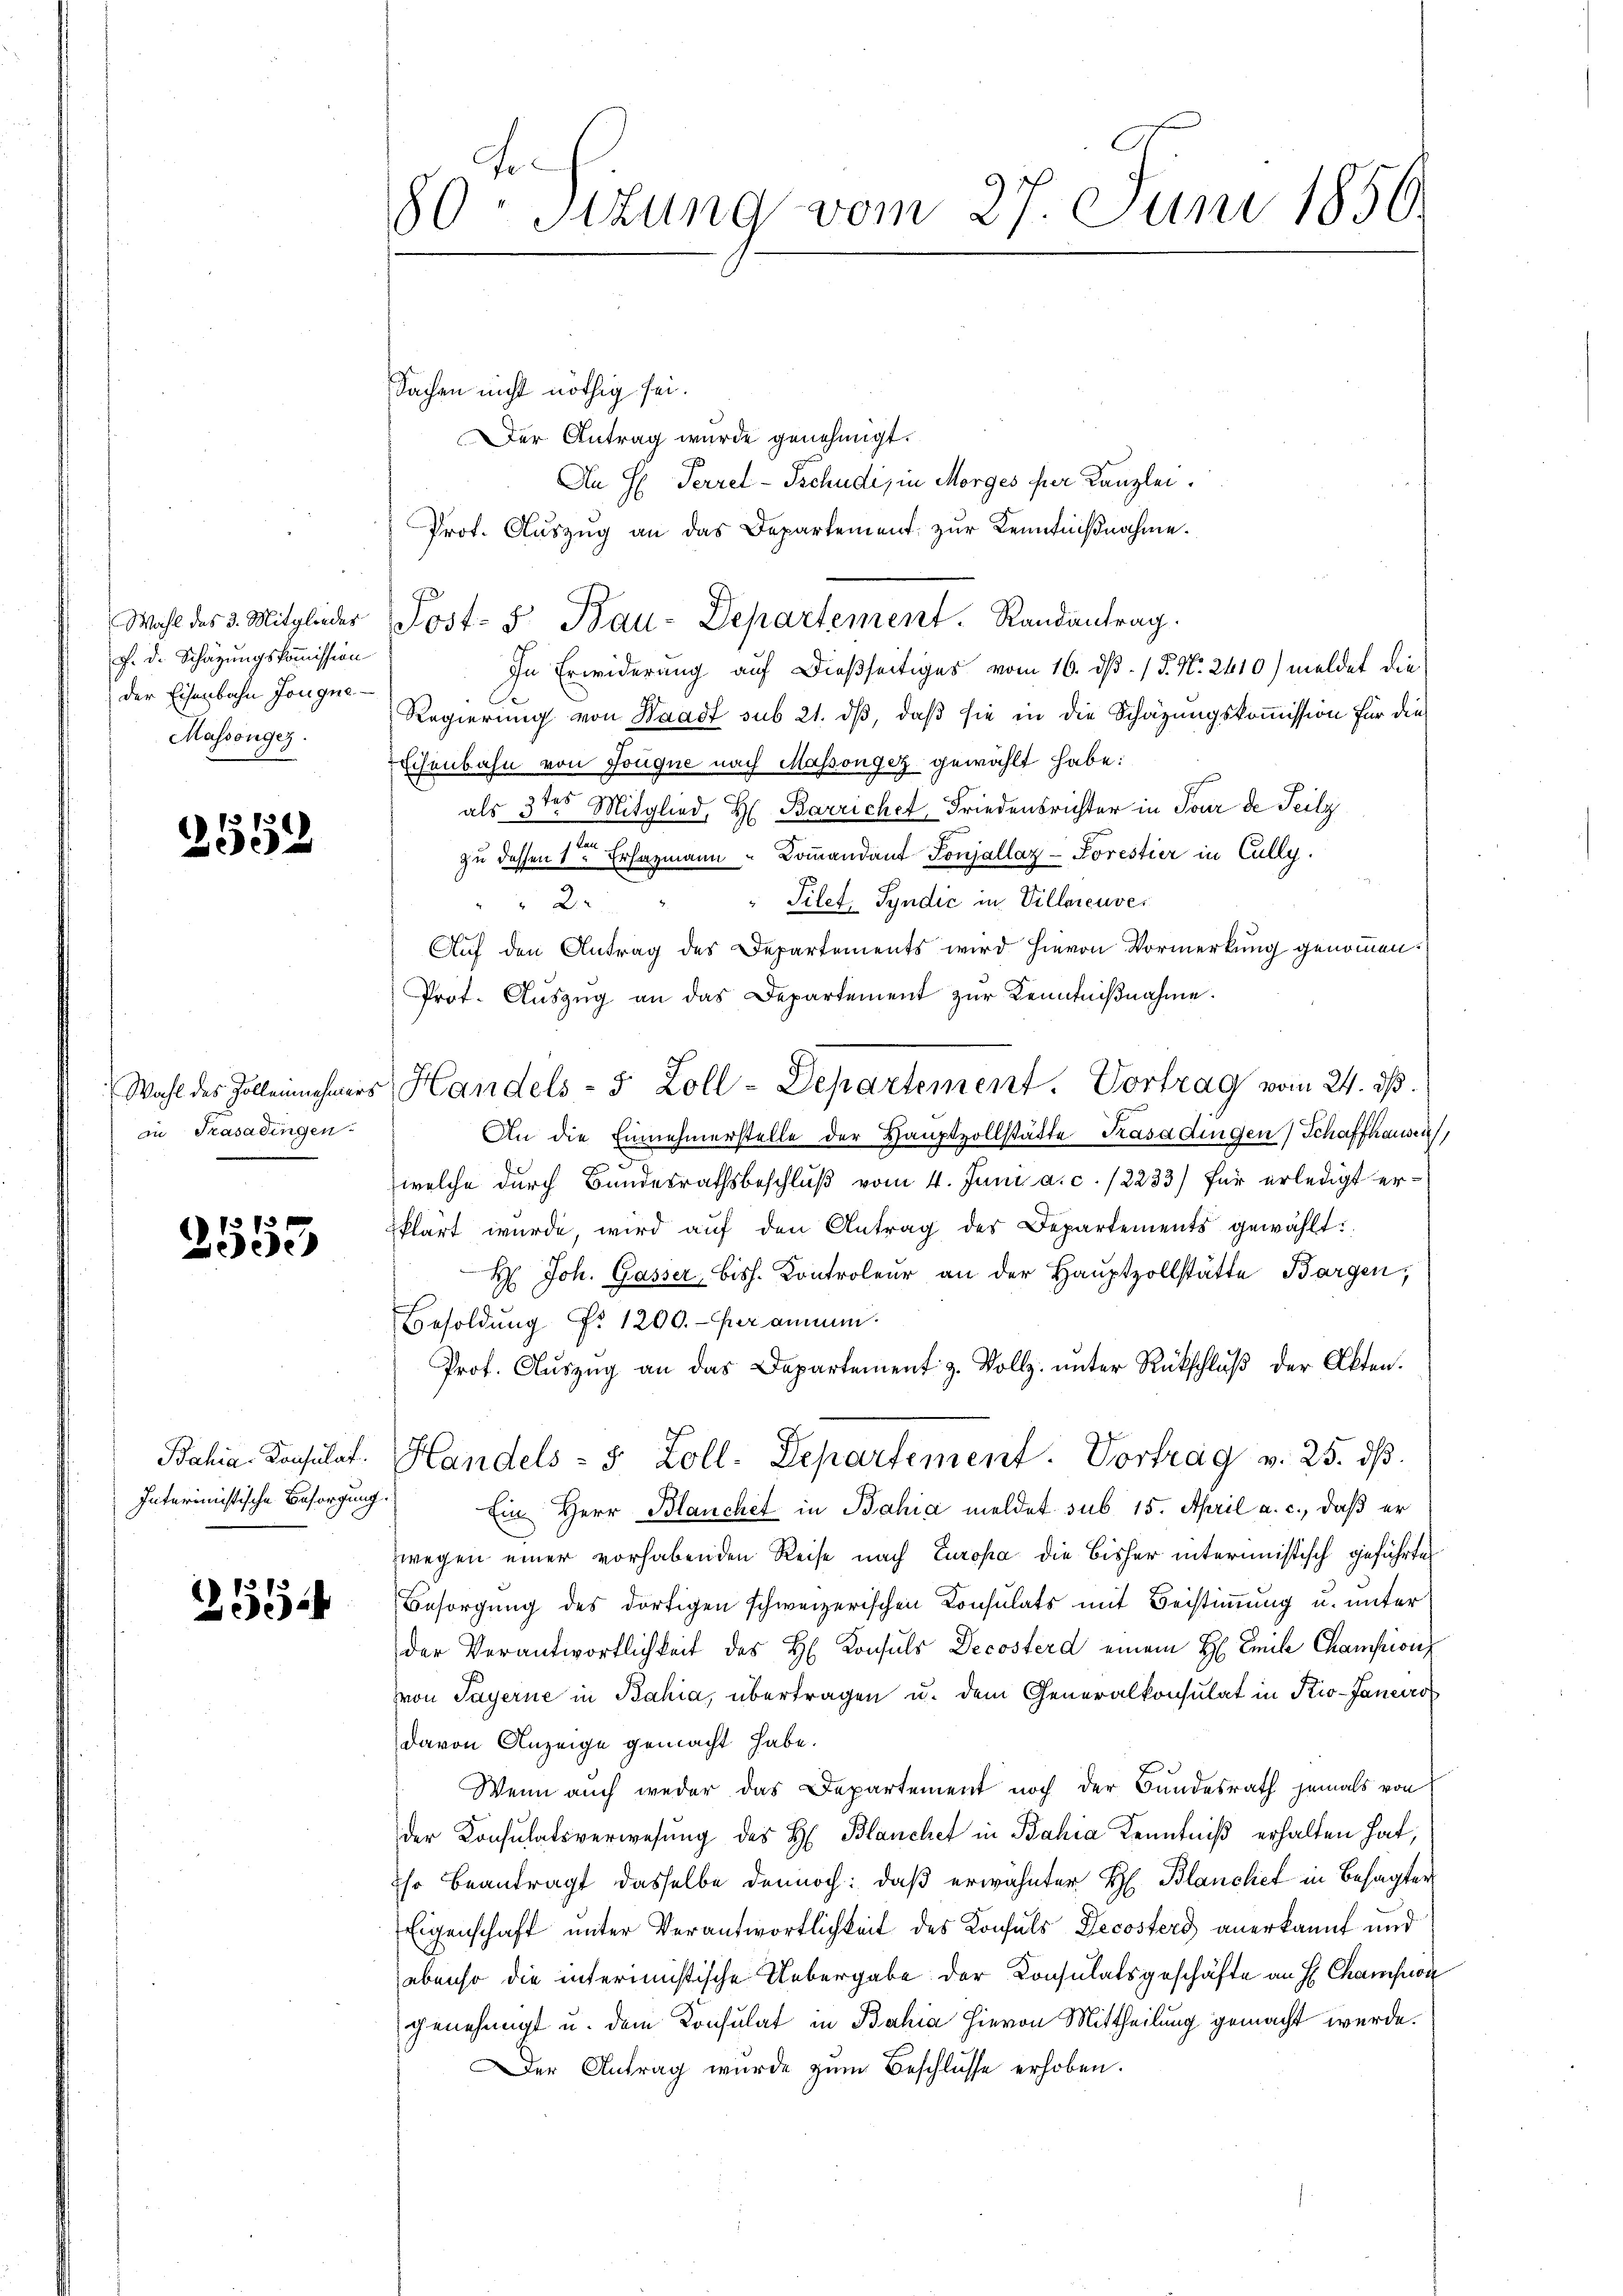
f. d. Schazungskommission
der Eisenbahn Jougne
Massonges.

.

1552

in Trasadingen.

(1313
ueede

Interimistische Besorgung.

255

80ten Sizung vom 27. Juni 1850.

Sachen nicht nöthig sei.
Der Antrag wurde genehmigt.
An H: Perrel-Tschudi, in Morges für Kanzlei.
Prot. Aŭszŭg an das Departement zŭr Kenntniβnahme.
Ju
In Erwiderung auf dießseitiges vom 16. dß. / 5. No. 2410) meldet die
Regierung von Waadt sub 21. dß, daß sie in die Schazungskommission für die
Eisenbahn von Jougne nach Massongez gewählt habe:
als 3tes Mitglied, H. Barrichet, Friedensrichter in Tour de Teilz
zu dessen 1r Erhazmann " Coṁandant Ponjallaz-Forestier in Cally.
Tilet. Syndić in Villeneuves
2
Auf den Antrag des Departements wird hievon Vormerkung genommen.
Prot. Aŭszŭg an das Departement zŭr Kenntniβnahme.
An die Einnahmerstelle der Hauptvollstätte Kasadingen Schaffhausen,
d
welche durch Bundesrathsbeschlŭβ vom 4. Juni a. c. 12233) für erledigt erklärt wurde, wird aŭf den Antrag des Departements gewählt:
H. Joh. Gasser, bish. Kontroleur an der Hauptzollstätte Bargen,
Besoldŭng f. 1200.- er ammen.
Prof. Auszug an das Departement z. Vollz. unter Rückschluß der Akten.
Bahia-Consulat. Handels- 5 Zoll-Departement. Vortrag v. 25. dβ.
Ein Herr Blanchet in Bahia meldet sub 15. April a. c., daß er
wegen einer vorhabenden Reise nach Europa die bisher interinistisch geführte
Besorgung des dortigen schweizerischen Consulats mit Beistimmung u. unter
der Verantwortlichkeit des H. Konsuls Decosterd einem H. Emile Championz
von Payerne in Bahia, übertragen u. dem Generalkonsulat in Kio-Janeiro
davon Anzeige gemacht habe.
Wenn auch weder das Departement noch der Bundesrath jemals von
der Konsulatsverwesung des H. Blanchet in Bahia Kenntniß erhalten hat,
Ihr Beantragt dasselbe dennoch: daß erwähnter H. Blancliet in Besagter
Eigenschaft unter Verantwortlichkeit des Konsuls Decosters anerkannt und
ebenso die interimistische Uebergabe der Konsulatsgeschäfte an H. Champion
genehmigt u. dem Konsulat in Bahia hievon Mittheilung gemacht werde.
Der Antrag wurde zŭm Beschlüsse erhoben.

Wahl des 3. Mitglieder Post- u. Bau-Departement. Randantrag.

Wahl des Zollennehmers Handels- 5 Zoll-Departement. Vortrag vom 24. ds.